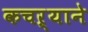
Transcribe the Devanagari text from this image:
कचऱ्याने